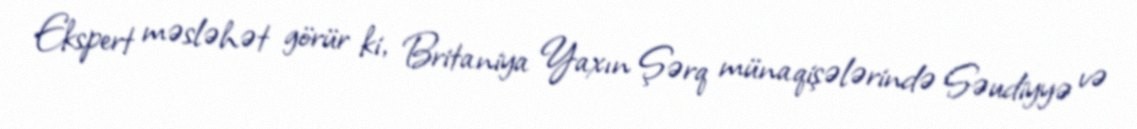
Ekspert məsləhət görür ki, Britaniya Yaxın Şərq münaqişələrində Səudiyyə və